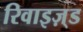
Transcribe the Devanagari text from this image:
रिवाइज़्ड